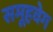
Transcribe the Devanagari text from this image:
समूहवेग